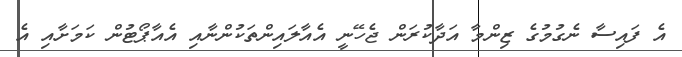
އެ ފައިސާ ނެގުމުގެ ޒިންމާ އަދާކުރަން ޖެހޭނީ އެއާލައިންތަކުންނާއި އެއާޕޯޓުން ކަމަށާއި އެ